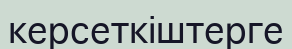
керсеткіштерге